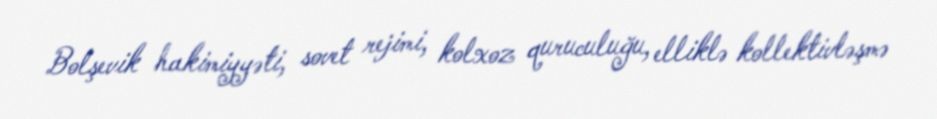
Bolşevik hakimiyyəti, sovet rejimi, kolxoz quruculuğu, elliklə kollektivləşmə